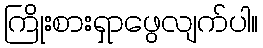
ကြိုးစားရှာဖွေလျက်ပါ။